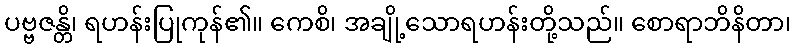
ပဗ္ဗဇန္တိ၊ ရဟန်းပြုကုန်၏။ ကေစိ၊ အချို့သောရဟန်းတို့သည်။ စောရာဘိနိတာ၊